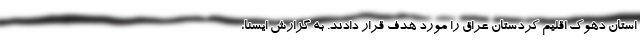
استان دهوک اقلیم کردستان عراق را مورد هدف قرار دادند. به گزارش ایسنا،